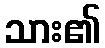
သား၏